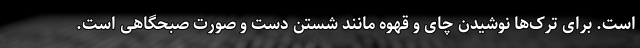
است. برای ترک‌ها نوشیدن چای و قهوه مانند شستن دست و صورت صبحگاهی است.